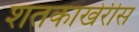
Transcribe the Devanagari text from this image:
शतकाखेरीस